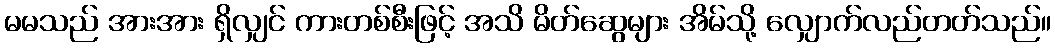
မမသည် အားအား ရှိလျှင် ကားတစ်စီးဖြင့် အသိ မိတ်ဆွေများ အိမ်သို့ လျှောက်လည်တတ်သည်။